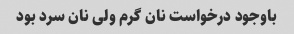
باوجود درخواست نان گرم ولی نان سرد بود